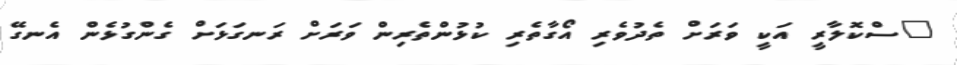
"ސްކޮލާރީ އަކީ ވަރަށް ތެދުވެރި އޯގާތެރި ކުޅުންތެރިން ވަރަށް ރަނގަޅަށް ގެންގުޅެން އެނގޭ